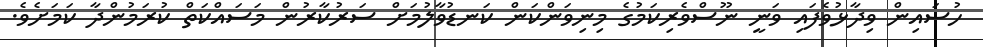
ހުސައިން ވިދާޅުވެފައި ވަނީ ނޫސްވެރިކަމުގެ މިނިވަންކަން ކަނޑުވާލުމަށް ސަރުކާރުން މަސައްކަތް ކުރަމުންދާ ކަމަށެވެ.